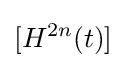
[H^{2n}(t)]